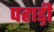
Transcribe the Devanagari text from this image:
पहाड़़ी